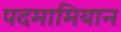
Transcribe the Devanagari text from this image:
पदमामियान